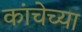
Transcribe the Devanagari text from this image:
कांचेच्या